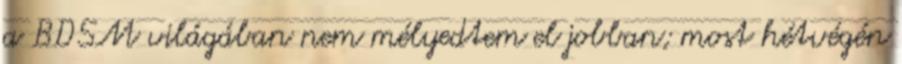
a BDSM világában nem mélyedtem el jobban; most hétvégén